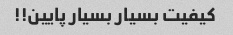
کیفیت بسیار بسیار پایین!!